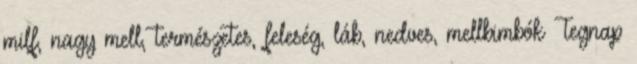
milf, nagy mell, természetes, feleség, láb, nedves, mellbimbók Tegnap